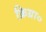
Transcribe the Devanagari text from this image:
क्रिग्रा०